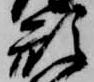
形